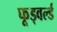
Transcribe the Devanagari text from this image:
फूड्वर्ल्ड